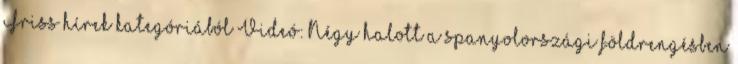
Friss hírek kategóriából Videó: Négy halott a spanyolországi földrengésben